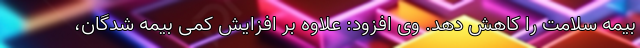
بیمه سلامت را کاهش دهد. وی افزود: علاوه بر افزایش کمی بیمه شدگان،